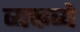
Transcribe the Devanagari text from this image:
व्यक्तव्ये